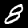
Digit: 8